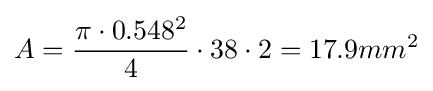
A={\frac {\pi \cdot 0.548^{2}}{4}}\cdot 38\cdot 2=17.9mm^{2}